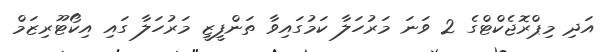
އަދި މިޕްރޮޖެކްޓްގެ 2 ވަނަ މަރުހަލާ ކަމުގައިވާ ތަންފީޒީ މަރުހަލާ ގައި އިކޯޓޫރިޒަމް